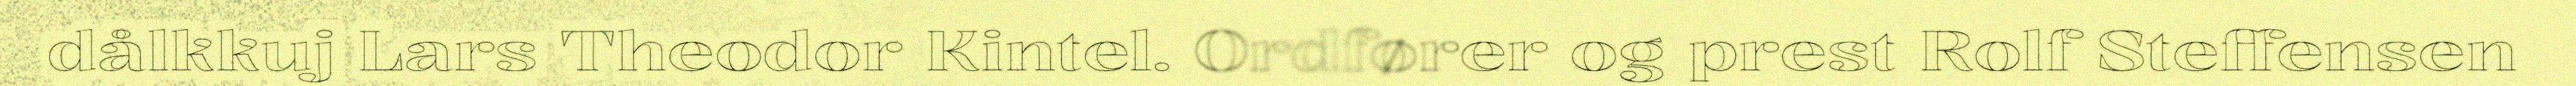
dålkkuj Lars Theodor Kintel. Ordfører og prest Rolf Steffensen